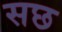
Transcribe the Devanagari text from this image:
सछ